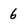
Character: 6